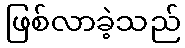
ဖြစ်လာခဲ့သည်